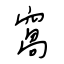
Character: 窩